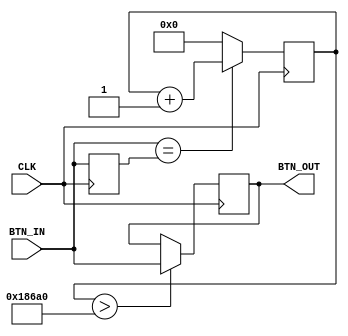
`timescale 1ns / 1ps
//////////////////////////////////////////////////////////////////////////////////
// Company: 
// Engineer: 
// 
// Design Name: 
// Module Name: Button Debouncer
// Project Name: 
// Target Devices: 
// Tool Versions: 
// Description: 
// 
// Dependencies: 
// 
// Revision:
// Revision 0.01 - File Created
// Additional Comments:
// 
//////////////////////////////////////////////////////////////////////////////////


module Debouncer(
  input  wire BTN_IN,
  input  wire CLK,            
  output reg BTN_OUT = 1'b1

    );
  
  integer CLK_COUNT = 100000;         //Required count of constancy required for a button's value to be passed through the debouncer. 
  reg [63:0] BTN_STATE_COUNTER = 0; //Counts when the input button value is the same as the previous input button value. 
  reg LAST_BTN_IN_STATE  = 1'b0;    //Records the last button input state
  
  always @(posedge CLK) begin 
    LAST_BTN_IN_STATE <= BTN_IN;
    
    if (BTN_IN == LAST_BTN_IN_STATE) begin BTN_STATE_COUNTER <= BTN_STATE_COUNTER + 1; end
    else                             begin BTN_STATE_COUNTER <= 0; end
  
    //if constancy condition met, output input button. Else, don't change the output.
    if (BTN_STATE_COUNTER > CLK_COUNT) begin BTN_OUT <= BTN_IN;  end
    else                               begin BTN_OUT <= BTN_OUT; end 
  end
endmodule